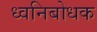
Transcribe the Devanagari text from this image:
ध्वनिबोधक